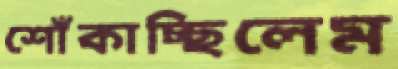
শোঁকাচ্ছিলেম